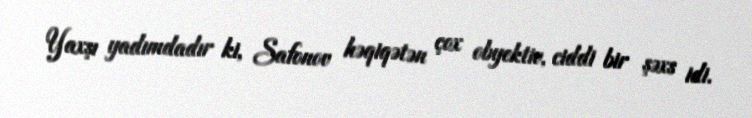
Yaxşı yadımdadır ki, Safonov həqiqətən çox obyektiv, ciddi bir şəxs idi.